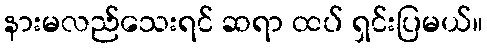
နားမလည်သေးရင် ဆရာ ထပ် ရှင်းပြမယ်။